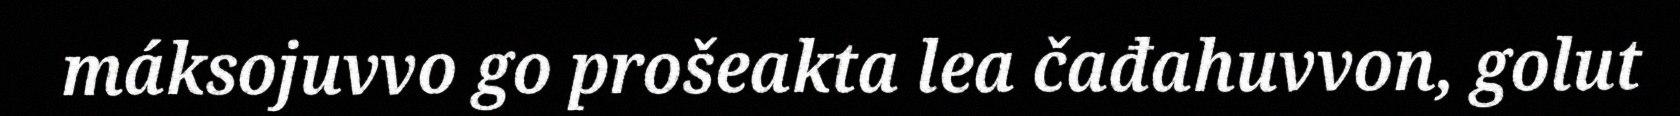
máksojuvvo go prošeakta lea čađahuvvon, golut